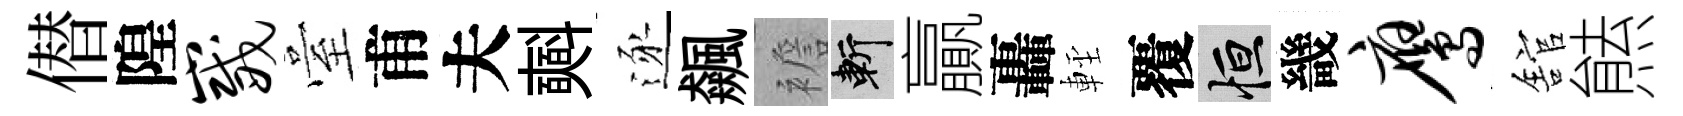
僣隍崴臺甫夫𣂏逐飆襜斬贏轟䡖覆恒畿鹰舘㷱